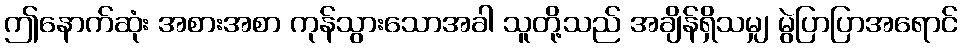
ဤနောက်ဆုံး အစားအစာ ကုန်သွားသောအခါ သူတို့သည် အချိန်ရှိသမျှ မွဲပြာပြာအရောင်